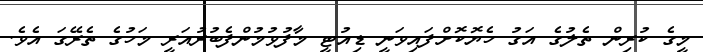
މީގެ ކުރިން ތެލުގެ އަގު ހެޔޮކޮށްފައިވަނީ ޑިއުޓީ މާފުވުމުންފެބުރުއަރީ މަހުގެ ތެރޭގަ އެވެ.